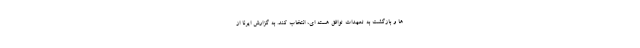
ها و بازگشت به تعهدات توافق هسته ای، انتخاب کند. به گزارش ایرنا از